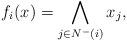
LaTeX: \begin{align*}f_i(x)=\bigwedge_{j\in N^-(i)} x_j,\end{align*}